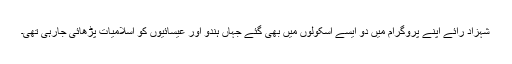
شہزاد رائے اپنے پروگرام میں دو ایسے اسکولوں میں بھی گئے جہاں ہندو اور عیسائیوں کو اسلامیات پڑھائی جارہی تھی۔